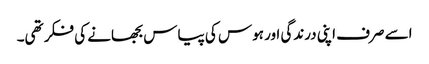
اسے صرف اپنی درندگی اور ہوس کی پیاس بجھانے کی فکر تھی۔